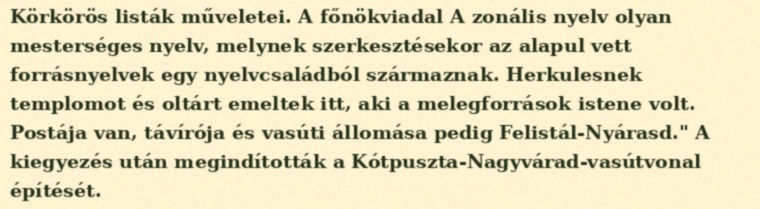
Körkörös listák műveletei. A főnökviadal A zonális nyelv olyan mesterséges nyelv, melynek szerkesztésekor az alapul vett forrásnyelvek egy nyelvcsaládból származnak. Herkulesnek templomot és oltárt emeltek itt, aki a melegforrások istene volt. Postája van, távírója és vasúti állomása pedig Felistál-Nyárasd." A kiegyezés után megindították a Kótpuszta-Nagyvárad-vasútvonal építését.